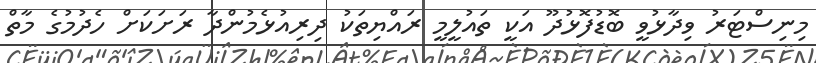
މިނިސްޓަރު ވިދާޅުވީ ބޮޑުފޮޅުދޫ އަކީ ތައުލީމީ ރައްޔިތަކު ދިރިއުޅެމުންދާ ރަށަކަށް ހެދުމުގެ މާތް